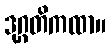
ဒုဂ္ဂတိကထာ။